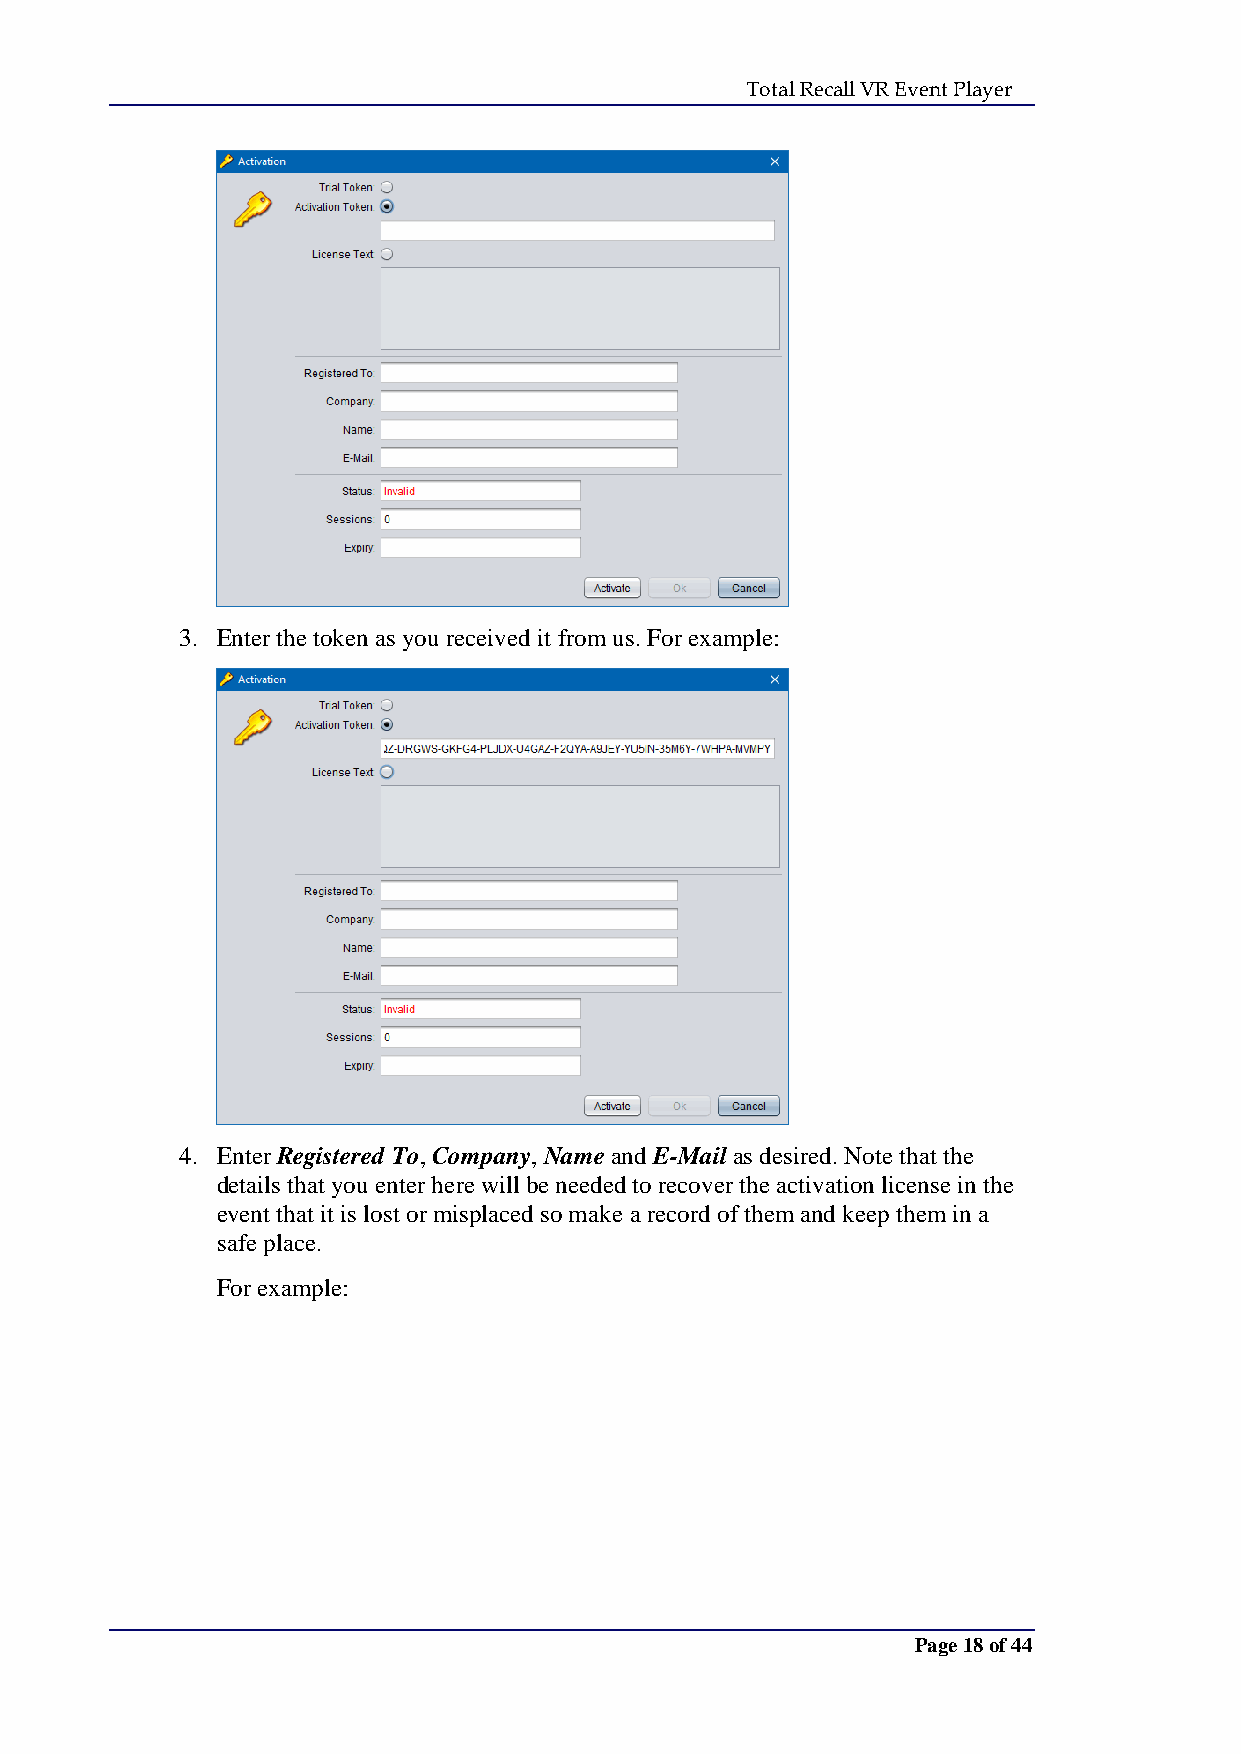
Total Recall VR Event Player
 3. Enter the token as you received it from us. For example:
 4. Enter Registered To, Company, Name and E-Mail as desired. Note that the
 details that you enter here will be needed to recover the activation license in the
 event that it is lost or misplaced so make a record of them and keep them in a
 safe place.
 For example:
 Page 18 of 44